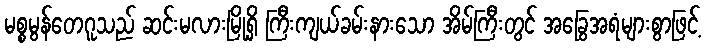
မစ္စမွန်တေဂူသည် ဆင်းမလားမြို့ရှိ ကြီးကျယ်ခမ်းနားသော အိမ်ကြီးတွင် အခြွေအရံများစွာဖြင့်